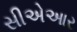
સીએઆર